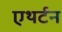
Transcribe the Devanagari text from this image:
एथर्टन